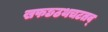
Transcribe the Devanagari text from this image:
खफछठथचटतव्